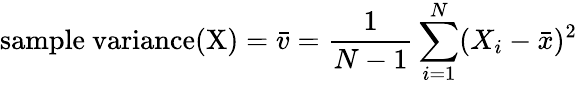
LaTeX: {\mathrm{sample~variance(X)}}={\bar{v}}={\frac{1}{N-1}}\sum_{i=1}^{N}(X_{i}-{\bar{x}})^{2}